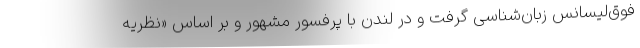
فوق‌لیسانس زبان‌شناسی گرفت و در لندن با پرفسور مشهور و بر اساس «نظریه